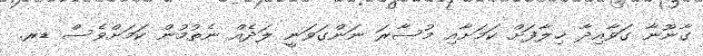
ގާނޫނާ ގަވާއިދާ ޚިލާފަށް ކަމަށާއި މުސާރަ ނަންގަވަނީ ލަދެއް ނެތުމުން ކަމަށްވެސް ޑރ.